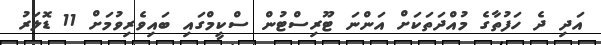
އަދި ދެ ހަފުތާގެ މުއްދަތަކަށް އަންނަ ޓޫރިސްޓުން ސްކީމްގައި ބައިވެރިވުމަށް 11 ޑޮލަރު